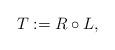
LaTeX: \begin{align*} T := R \circ L, \end{align*}